Leaving Certificate Examination (including Day School Certificate (Higher) General paper), 1936
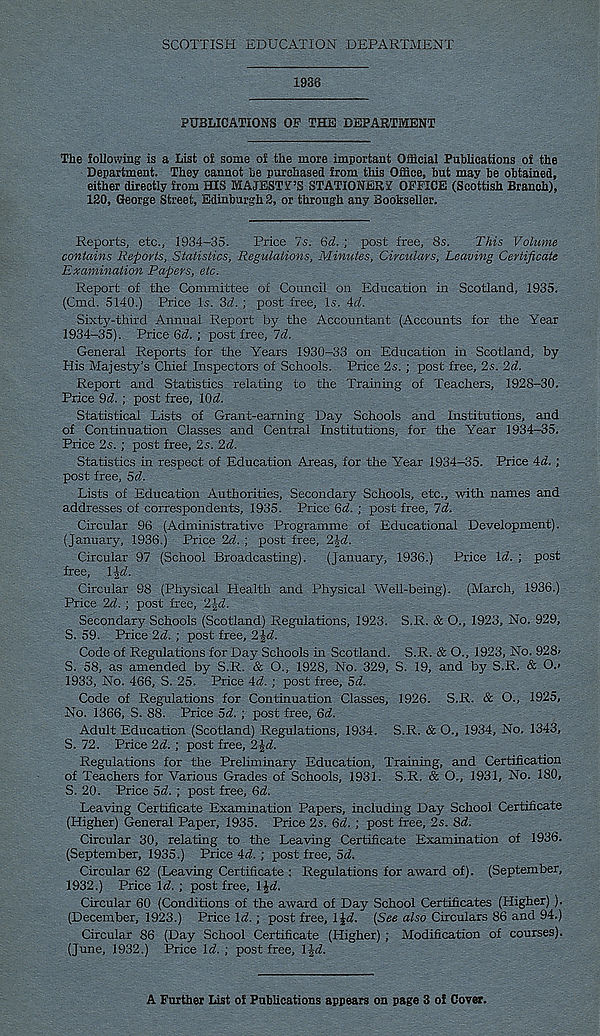
SCOTTISH EDUCATION DEPARTMENT
1936
PUBLICATIONS OF THB DEPARTMENT
The following is a List of some of the more important Official Publications of the
Department. They cannot be purchased from this Office, but may be obtained,
either directly from HIS MAJESTrS STATIONERY OFFICE (Scottish Branch),
130, George Street, Edinburgh 3, or through any aookseller.
Reports, etc., 1934-35.
Price 7s. 6d. - t post free, 8s.
This Volume
contains Reports, Statistics, Regulations, Minutes, Circulars, Leaving Certificate
Examination Papers, etc.
Report of the Committee of Council on Education in Scotland, 1935.
(Cmd. 5140.) Price Is. 3d. ; post free. Is. 4d.
Sixty-third Annual Report by the Accountant (Accounts for the Year
1934-35). Price 6d. ; post free, 7d.
General Reports for the Years 1930-33 on Education in Scotland, by
His Majesty’s Chief Inspectors of Schools. Price 2s. ; post free, 2s. 2d.
Report and Statistics relating to the Training of Teachers, 1928-30.
Price 9d. ; post free, lOd.
Statistical Lists of Grant-earning Day Schools and Institutions, and
of Continuation Classes and Central Institutions, for the Year 1934-35.
Price 2s. ; post free, 2s. 2d.
Statistics in respect of Education Areas, for the Year 1934-35. Price 4d. ;
post free, 5d.
Lists of Education Authorities, Secondary Schools, etc., with names and
addresses of correspondents, 1935. Price 6d. ; post free, 7d.
Circular 96 (Administrative Programme of Educational Development).
(January, 1936.) Price 2d. ; post free, 2Jd.
Circular 97 (School Broadcasting).
(January, 1936.)
Price Id. ; post
free, IJd.
Circular 98 (Physical Health and Physical Well-being). (March, 1936.)
Price 2d. ; post free, 2Jd.
Secondary Schools (Scotland) Regulations, 1923. S.R. & O., 1923, No. 929,
S. 59. Price 2d. ; post free, 2^d.
Code of Regulations for Day Schools in Scotland. S.R. & O., 1923, No. 928'
S. 58, as amended by S.R. & O., 1928, No. 329, S. 19, and by S.R. & O.'
1933, No. 466, S. 25. Price 4d. ; post free, 5d.
Code of Regulations for Continuation Classes, 1926. S.R. & O., 1925,
No. 1366, S. 88. Price 5d. ; post free, 6d.
Adult Education (Scotland) Regulations, 1934. S.R. & O., 1934, No. 1343,
S. 72. Price 2d. ; post free, 2£d.
Regulations for the Preliminary Education, Training, and Certification
of Teachers for Various Grades of Schools, 1931. S.R. & O., 1931, No. 180,
S. 20. Price 5d. ; post free, 6d.
Leaving Certificate Examination Papers, including Day School Certificate
(Higher) General Paper, 1935. Price 2s. 6d. ; post free, 2s. 8d.
Circular 30, relating to the Leaving Certificate Examination of 1936.
(September, 1935.) Price 4d. ; post free, 5d.
Circular 62 (Leaving Certificate : Regulations for award of). (September,
1932.) Price Id. ; post free, IJd.
Circular 60 (Conditions of the award of Day School Certificates (Higher) ).
(December, 1923.) Price Id. ; post free, IJd. (See also Circulars 86 and 94.)
Circular 86 (Day School Certificate (Higher) ; Modification of courses).
(June, 1932.) Price Id. ; post free, IJd.
A Further List of Publications appears on page 3 of Cover.